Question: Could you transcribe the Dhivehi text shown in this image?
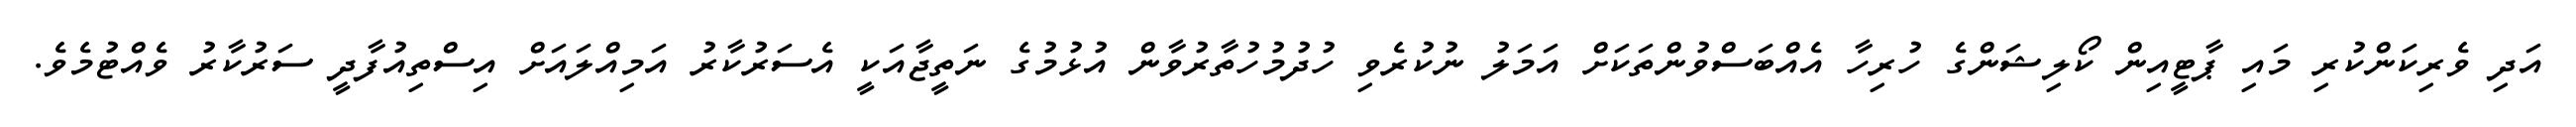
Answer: އަދި ވެރިކަންކުރި މައި ޕާޓީއިން ކޯލިޝަންގެ ހުރިހާ އެއްބަސްވުންތަކަށް އަމަލު ނުކުރެވި ހުދުމުހުތާރުވާން އުޅުމުގެ ނަތީޖާއަކީ އެސަރުކާރު އަމިއްލައަށް އިސްތިއުފާދީ ސަރުކާރު ވެއްޓުމެވެ.